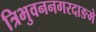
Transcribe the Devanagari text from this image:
त्रिभुवननगरदाङमे